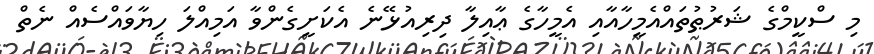
މި ސްކީމްގެ ޝަރުޠުތައްއެމީހާއާއި އެމީހާގެ ޢާއިލާ ދިރިއުޅޭނެ އެކަށީގެންވާ އަމިއްލަ ހިޔާވައްސެއް ނެތް